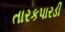
તારકપારડી